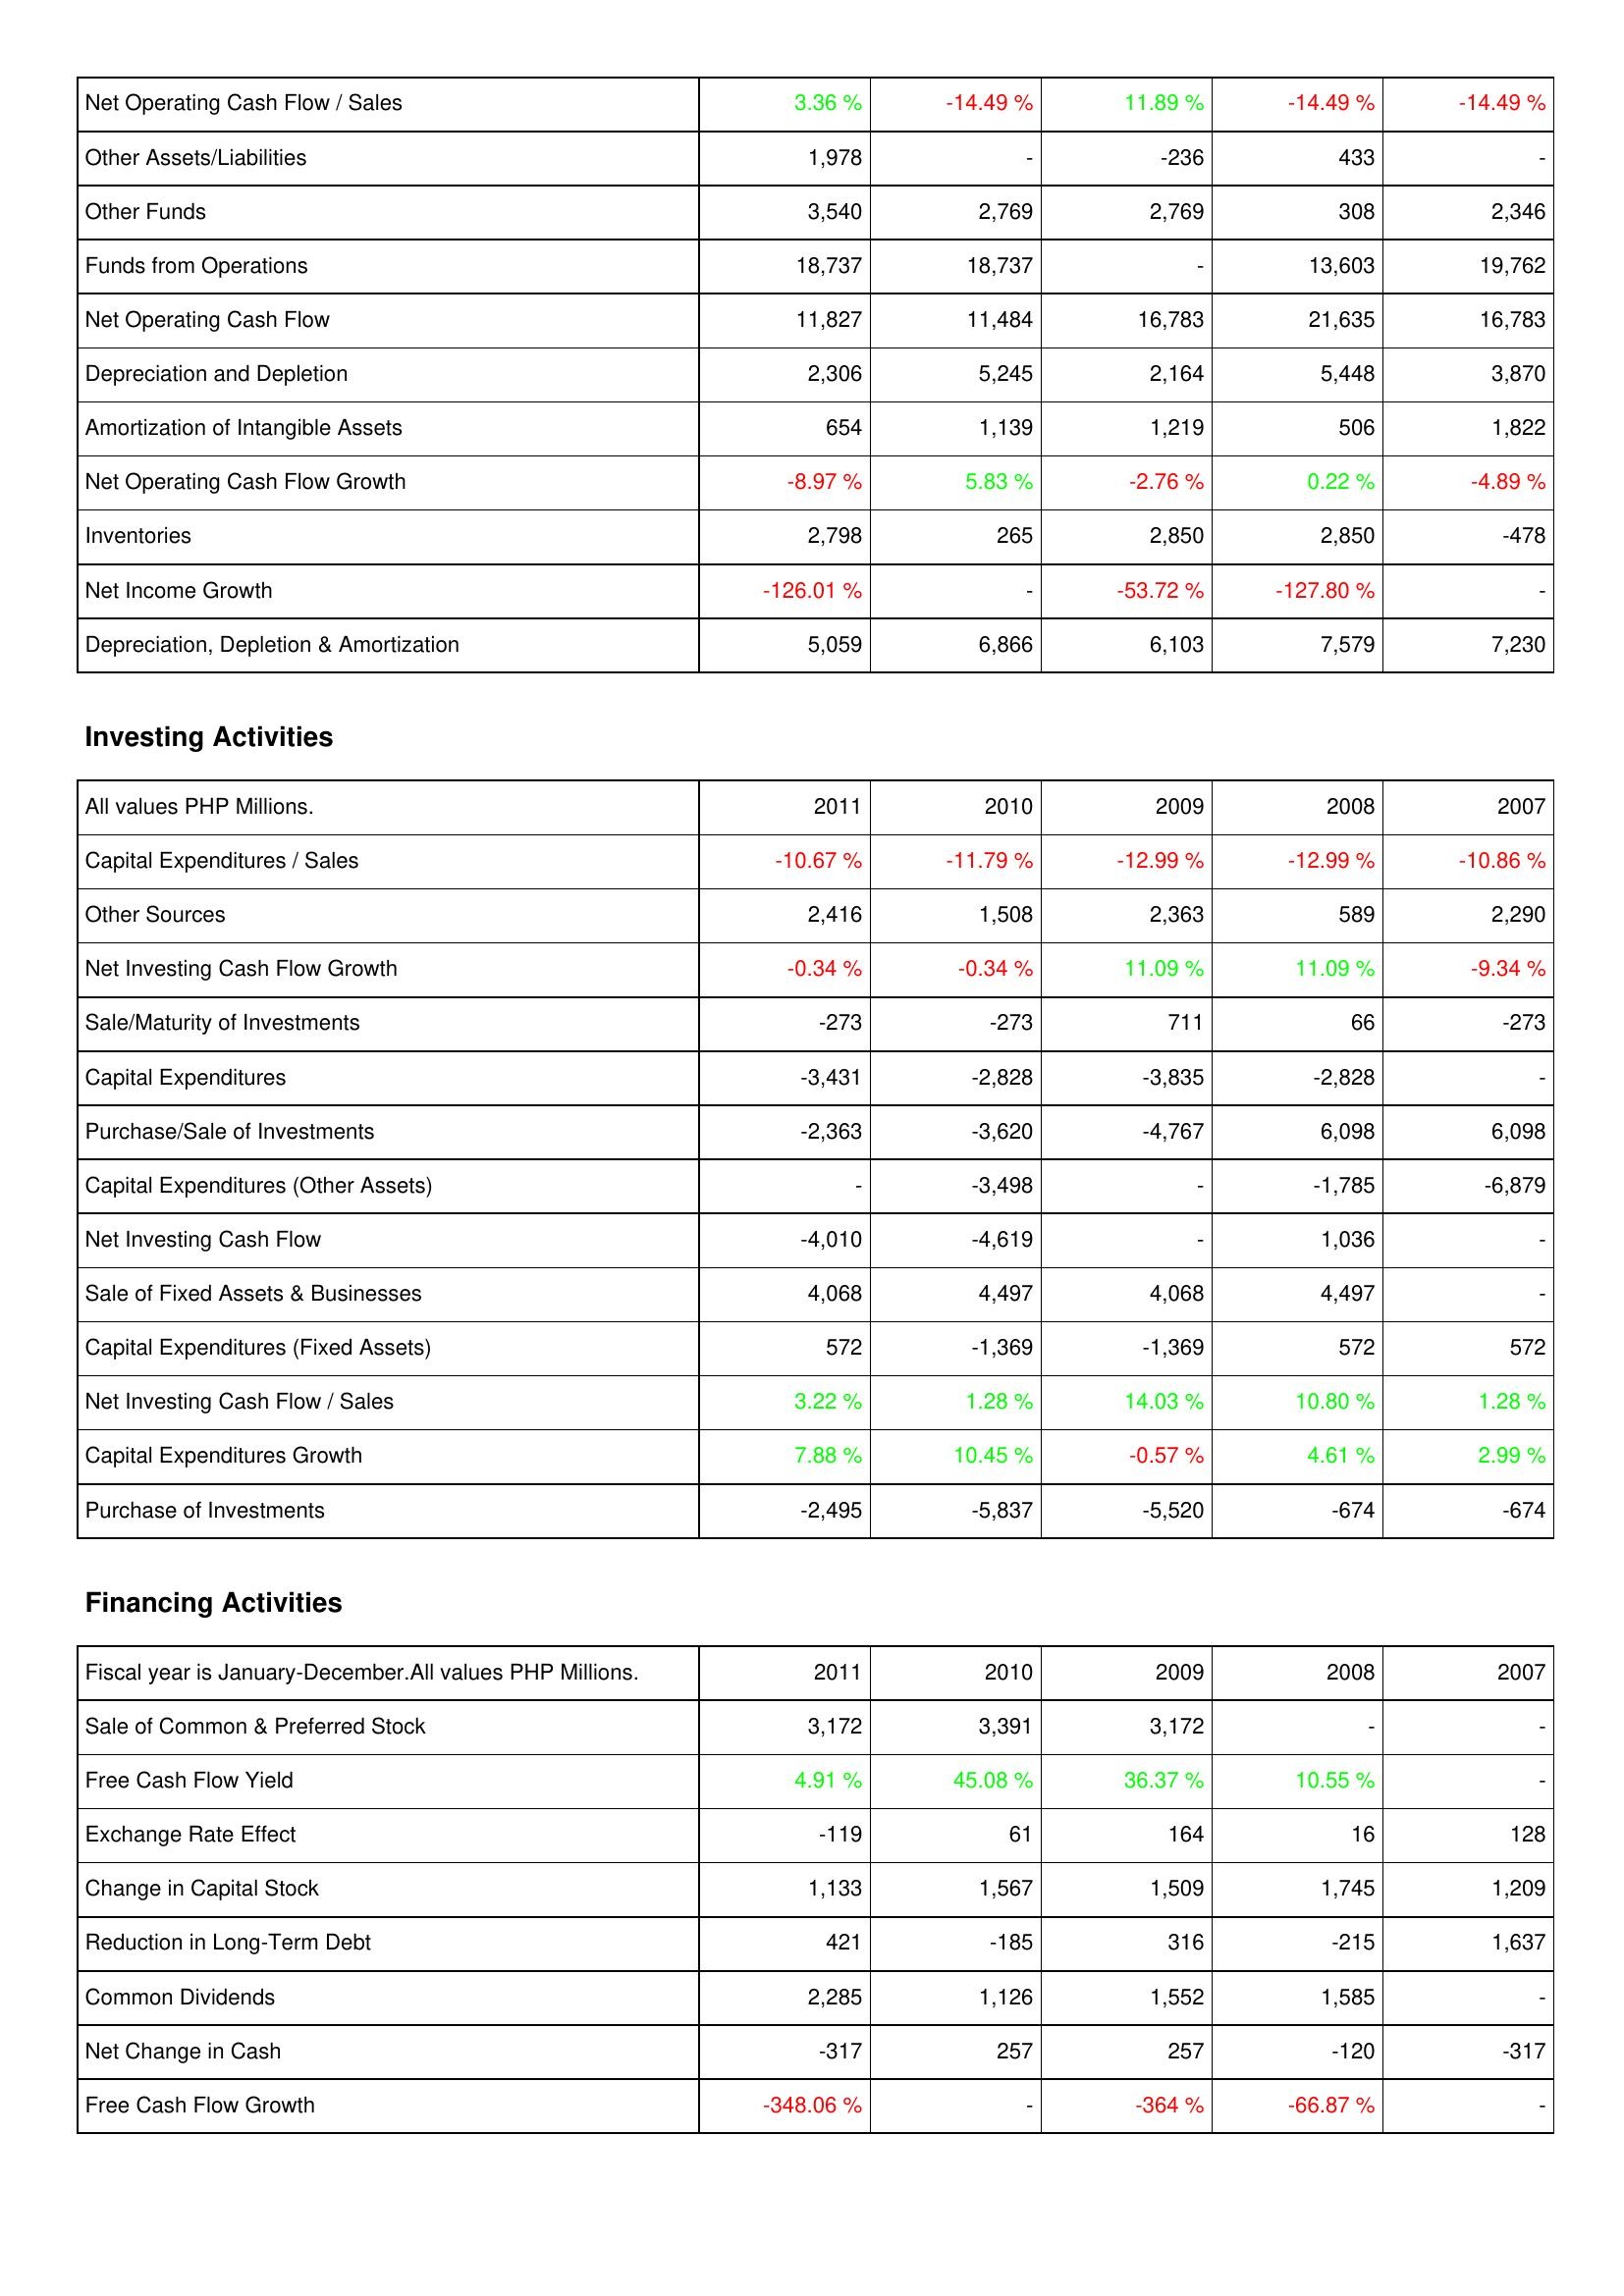
2011: Operating Activities: Net Operating Cash Flow / Sales: 3.36 %
Other Assets/Liabilities: 1,978
Other Funds: 3,540
Funds from Operations: 18,737
Net Operating Cash Flow: 11,827
Depreciation and Depletion: 2,306
Amortization of Intangible Assets: 654
Net Operating Cash Flow Growth: -8.97 %
Inventories: 2,798
Net Income Growth: -126.01 %
Depreciation, Depletion & Amortization: 5,059
Investing Activities: Capital Expenditures / Sales: -10.67 %
Other Sources: 2,416
Net Investing Cash Flow Growth: -0.34 %
Sale/Maturity of Investments: -273
Capital Expenditures: -3,431
Purchase/Sale of Investments: -2,363
Capital Expenditures (Other Assets): -
Net Investing Cash Flow: -4,010
Sale of Fixed Assets & Businesses: 4,068
Capital Expenditures (Fixed Assets): 572
Net Investing Cash Flow / Sales: 3.22 %
Capital Expenditures Growth: 7.88 %
Purchase of Investments: -2,495
Financing Activities: Sale of Common & Preferred Stock: 3,172
Free Cash Flow Yield: 4.91 %
Exchange Rate Effect: -119
Change in Capital Stock: 1,133
Reduction in Long-Term Debt: 421
Common Dividends: 2,285
Net Change in Cash: -317
Free Cash Flow Growth: -348.06 %
2010: Operating Activities: Net Operating Cash Flow / Sales: -14.49 %
Other Assets/Liabilities: -
Other Funds: 2,769
Funds from Operations: 18,737
Net Operating Cash Flow: 11,484
Depreciation and Depletion: 5,245
Amortization of Intangible Assets: 1,139
Net Operating Cash Flow Growth: 5.83 %
Inventories: 265
Net Income Growth: -
Depreciation, Depletion & Amortization: 6,866
Investing Activities: Capital Expenditures / Sales: -11.79 %
Other Sources: 1,508
Net Investing Cash Flow Growth: -0.34 %
Sale/Maturity of Investments: -273
Capital Expenditures: -2,828
Purchase/Sale of Investments: -3,620
Capital Expenditures (Other Assets): -3,498
Net Investing Cash Flow: -4,619
Sale of Fixed Assets & Businesses: 4,497
Capital Expenditures (Fixed Assets): -1,369
Net Investing Cash Flow / Sales: 1.28 %
Capital Expenditures Growth: 10.45 %
Purchase of Investments: -5,837
Financing Activities: Sale of Common & Preferred Stock: 3,391
Free Cash Flow Yield: 45.08 %
Exchange Rate Effect: 61
Change in Capital Stock: 1,567
Reduction in Long-Term Debt: -185
Common Dividends: 1,126
Net Change in Cash: 257
Free Cash Flow Growth: -
2009: Operating Activities: Net Operating Cash Flow / Sales: 11.89 %
Other Assets/Liabilities: -236
Other Funds: 2,769
Funds from Operations: -
Net Operating Cash Flow: 16,783
Depreciation and Depletion: 2,164
Amortization of Intangible Assets: 1,219
Net Operating Cash Flow Growth: -2.76 %
Inventories: 2,850
Net Income Growth: -53.72 %
Depreciation, Depletion & Amortization: 6,103
Investing Activities: Capital Expenditures / Sales: -12.99 %
Other Sources: 2,363
Net Investing Cash Flow Growth: 11.09 %
Sale/Maturity of Investments: 711
Capital Expenditures: -3,835
Purchase/Sale of Investments: -4,767
Capital Expenditures (Other Assets): -
Net Investing Cash Flow: -
Sale of Fixed Assets & Businesses: 4,068
Capital Expenditures (Fixed Assets): -1,369
Net Investing Cash Flow / Sales: 14.03 %
Capital Expenditures Growth: -0.57 %
Purchase of Investments: -5,520
Financing Activities: Sale of Common & Preferred Stock: 3,172
Free Cash Flow Yield: 36.37 %
Exchange Rate Effect: 164
Change in Capital Stock: 1,509
Reduction in Long-Term Debt: 316
Common Dividends: 1,552
Net Change in Cash: 257
Free Cash Flow Growth: -364 %
2008: Operating Activities: Net Operating Cash Flow / Sales: -14.49 %
Other Assets/Liabilities: 433
Other Funds: 308
Funds from Operations: 13,603
Net Operating Cash Flow: 21,635
Depreciation and Depletion: 5,448
Amortization of Intangible Assets: 506
Net Operating Cash Flow Growth: 0.22 %
Inventories: 2,850
Net Income Growth: -127.80 %
Depreciation, Depletion & Amortization: 7,579
Investing Activities: Capital Expenditures / Sales: -12.99 %
Other Sources: 589
Net Investing Cash Flow Growth: 11.09 %
Sale/Maturity of Investments: 66
Capital Expenditures: -2,828
Purchase/Sale of Investments: 6,098
Capital Expenditures (Other Assets): -1,785
Net Investing Cash Flow: 1,036
Sale of Fixed Assets & Businesses: 4,497
Capital Expenditures (Fixed Assets): 572
Net Investing Cash Flow / Sales: 10.80 %
Capital Expenditures Growth: 4.61 %
Purchase of Investments: -674
Financing Activities: Sale of Common & Preferred Stock: -
Free Cash Flow Yield: 10.55 %
Exchange Rate Effect: 16
Change in Capital Stock: 1,745
Reduction in Long-Term Debt: -215
Common Dividends: 1,585
Net Change in Cash: -120
Free Cash Flow Growth: -66.87 %
2007: Operating Activities: Net Operating Cash Flow / Sales: -14.49 %
Other Assets/Liabilities: -
Other Funds: 2,346
Funds from Operations: 19,762
Net Operating Cash Flow: 16,783
Depreciation and Depletion: 3,870
Amortization of Intangible Assets: 1,822
Net Operating Cash Flow Growth: -4.89 %
Inventories: -478
Net Income Growth: -
Depreciation, Depletion & Amortization: 7,230
Investing Activities: Capital Expenditures / Sales: -10.86 %
Other Sources: 2,290
Net Investing Cash Flow Growth: -9.34 %
Sale/Maturity of Investments: -273
Capital Expenditures: -
Purchase/Sale of Investments: 6,098
Capital Expenditures (Other Assets): -6,879
Net Investing Cash Flow: -
Sale of Fixed Assets & Businesses: -
Capital Expenditures (Fixed Assets): 572
Net Investing Cash Flow / Sales: 1.28 %
Capital Expenditures Growth: 2.99 %
Purchase of Investments: -674
Financing Activities: Sale of Common & Preferred Stock: -
Free Cash Flow Yield: -
Exchange Rate Effect: 128
Change in Capital Stock: 1,209
Reduction in Long-Term Debt: 1,637
Common Dividends: -
Net Change in Cash: -317
Free Cash Flow Growth: -